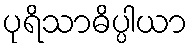
ပုရိသာဓိပ္ပါယာ